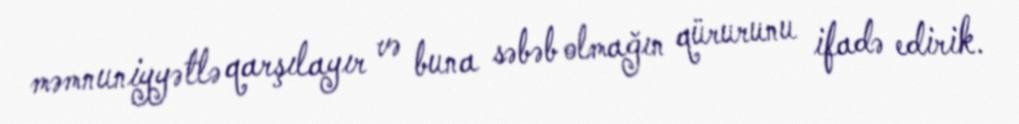
məmnuniyyətlə qarşılayır və buna səbəb olmağın qürurunu ifadə edirik.